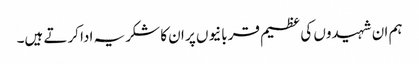
ہم ان شہیدوں کی عظیم قربانیوں پر ان کا شکریہ ادا کرتے ہیں۔